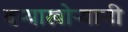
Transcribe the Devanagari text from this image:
दऱ्याखोऱ्यानी